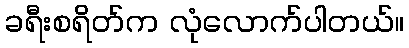
ခရီးစရိတ်က လုံလောက်ပါတယ်။